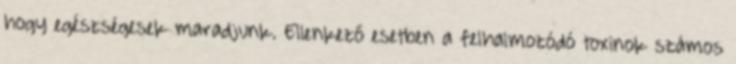
hogy egészségesek maradjunk. Ellenkező esetben a felhalmozódó toxinok számos